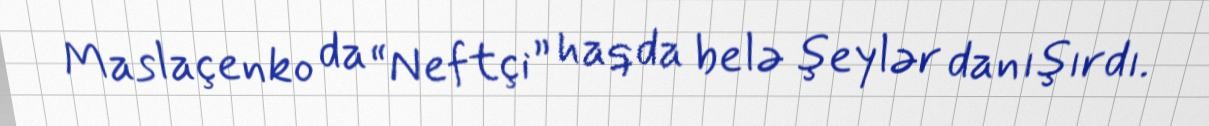
Maslaçenko da “Neftçi” haqda belə şeylər danışırdı.